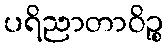
ပရိညာတာဝိဉ္စ